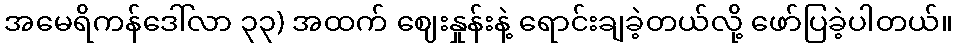
အမေရိကန်ဒေါ်လာ ၃၃) အထက် ဈေးနှုန်းနဲ့ ရောင်းချခဲ့တယ်လို့ ဖော်ပြခဲ့ပါတယ်။